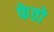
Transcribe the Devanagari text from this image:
फेतो